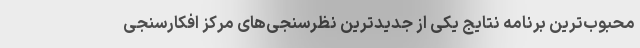
محبوب‌ترین برنامه نتایج یکی از جدیدترین نظرسنجی‌های مرکز افکارسنجی